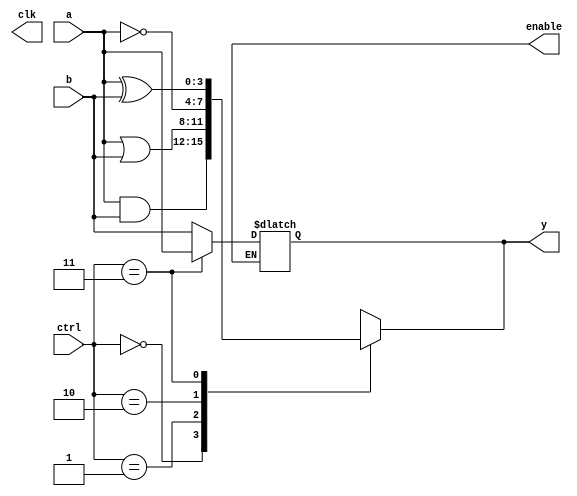
module CLB (
    input wire [3:0] a,        // 4-bit input bus
    input wire [3:0] b,        // 4-bit input bus
    input wire [1:0] ctrl,     // Control signals to select logic function
    output reg [3:0] y,        // 4-bit output bus
    output reg clk,            // Clock signal for registered output (if needed)
    output reg enable          // Enable signal for control
);

// Combinational logic implementation
always @(*) begin
    case (ctrl)
        2'b00: y = a & b;           // AND operation
        2'b01: y = a | b;           // OR operation
        2'b10: y = ~a;              // NOT operation (negating only a)
        2'b11: y = a ^ b;           // XOR operation
        default: y = 4'b0000;       // Default case to avoid latches
    endcase
end

// Example of a simple multiplexer (2-to-1)
always @(*) begin
    // Using a control signal to select between the output of y or b
    if (enable) begin
        y = (ctrl == 2'b11) ? a : b; // If control signal is 2'b11, output a; otherwise output b
    end
end

// Additional functionality for product terms could be added here
// This can include more complex logic or product term handling

endmodule